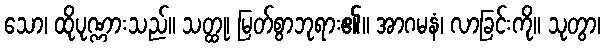
သော၊ ထိုပုဏ္ဏားသည်။ သတ္ထု၊ မြတ်စွာဘုရား၏။ အာဂမနံ၊ လာခြင်းကို။ သုတွာ၊